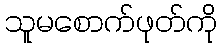
သူမစောက်ဖုတ်ကို